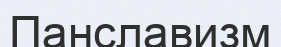
Панславизм